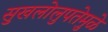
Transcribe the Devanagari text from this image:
सुखलोलुपतेमुळे